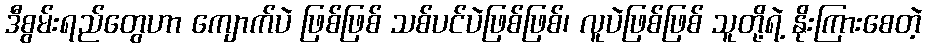
ဒီစွမ်းရည်တွေဟာ ကျောက်ပဲ ဖြစ်ဖြစ် သစ်ပင်ပဲဖြစ်ဖြစ်၊ လူပဲဖြစ်ဖြစ် သူတို့ရဲ့ နိုးကြားစေတဲ့